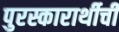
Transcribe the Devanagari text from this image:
पुरस्कारार्थीची